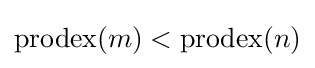
\operatorname {prodex} (m)<\operatorname {prodex} (n)